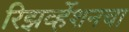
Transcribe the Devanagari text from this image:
रिझर्व्हेशनचा